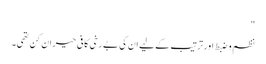
"
نظم و ضبط اور ترتیب کے لیے ان کی بے رخی کافی حیران کن تھی۔